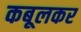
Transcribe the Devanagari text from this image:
कबूलकर